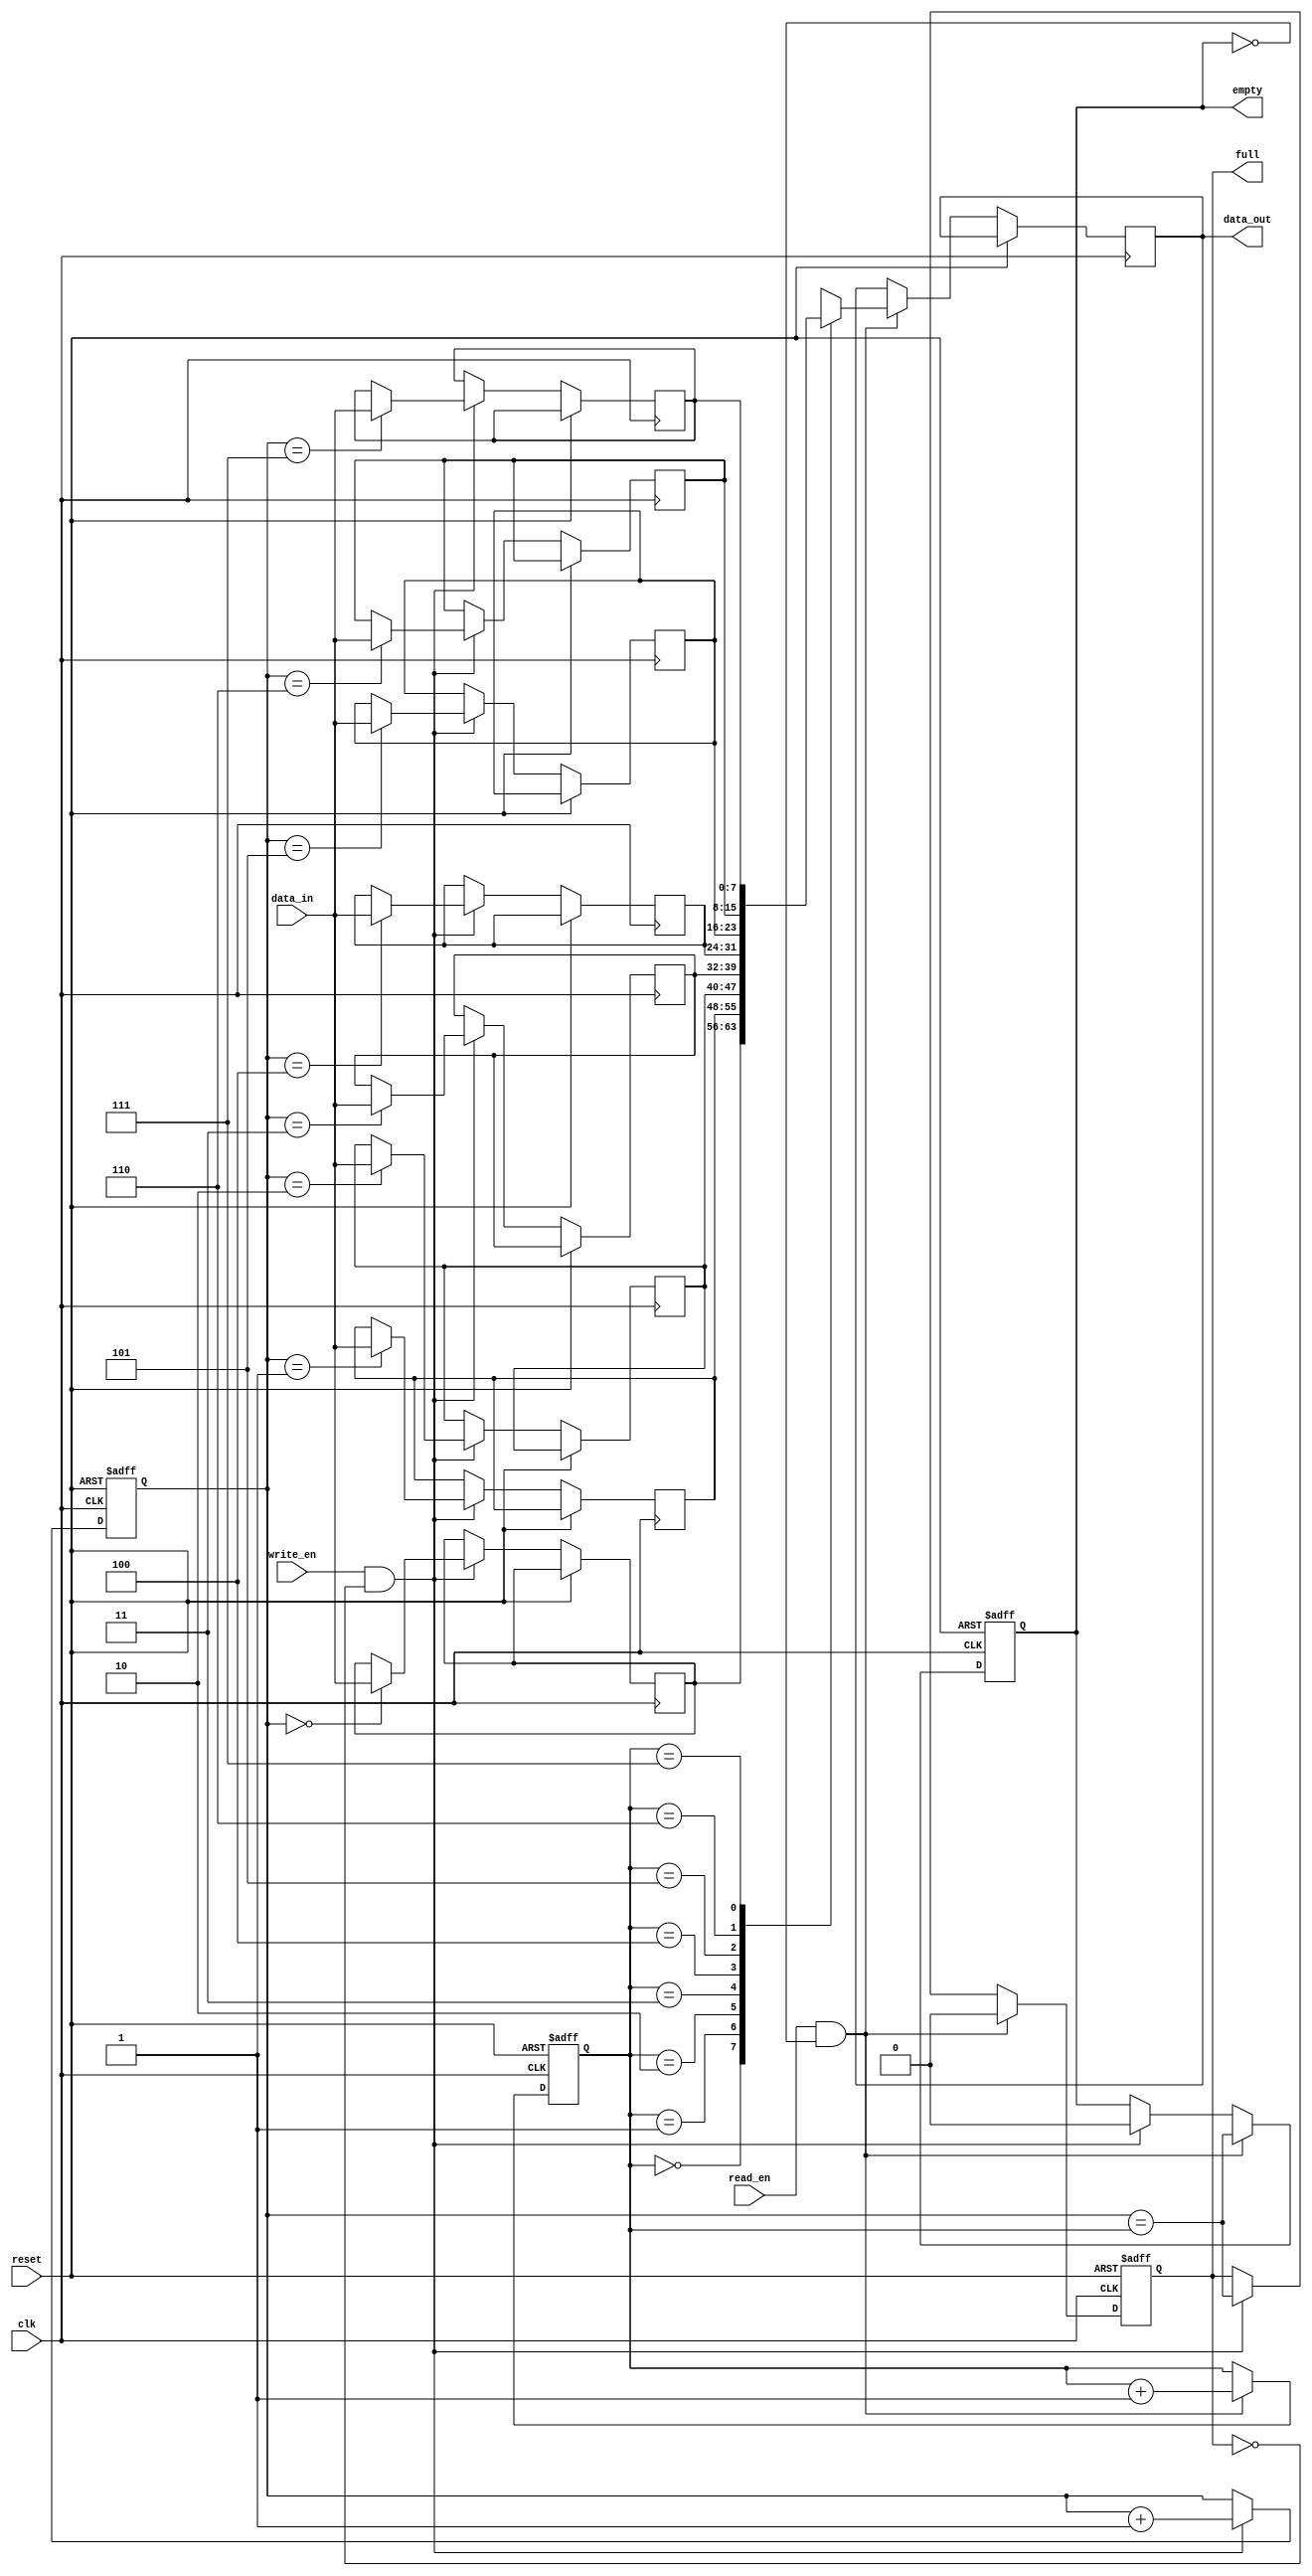
module fifo_buffer(
  input wire clk,
  input wire reset,
  input wire write_en,
  input wire read_en,
  input wire [7:0] data_in,
  output reg [7:0] data_out,
  output reg full,
  output reg empty
);

reg [7:0] buffer [0:7];
reg [2:0] wr_ptr, rd_ptr;

always @(posedge clk or posedge reset) begin
  if (reset) begin
    wr_ptr <= 3'b000;
    rd_ptr <= 3'b000;
    full <= 1'b0;
    empty <= 1'b1;
  end
  else begin
    if (write_en && !full) begin
      buffer[wr_ptr] <= data_in;
      wr_ptr <= wr_ptr + 1;
      full <= (wr_ptr == rd_ptr);
      empty <= 1'b0;
    end
    if (read_en && !empty) begin
      data_out <= buffer[rd_ptr];
      rd_ptr <= rd_ptr + 1;
      full <= 1'b0;
      empty <= (wr_ptr == rd_ptr);
    end
  end
end

endmodule